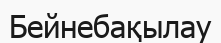
Бейнебақылау